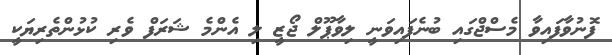
ފޮނުވާފައިވާ މެސްޖްގައި ބުނެފައިވަނީ ލިވާޕޫލް ޖޯޒީ ލި އެންމެ ޝަރަފް ވެރި ކުޅުންތެރިޔަކީ